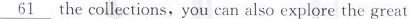
\underline{61} the collections, you can also explore the great